Civil Veterinary Dept. North-West Frontier Province 1901-22 - 1901-1922
Year: 1901
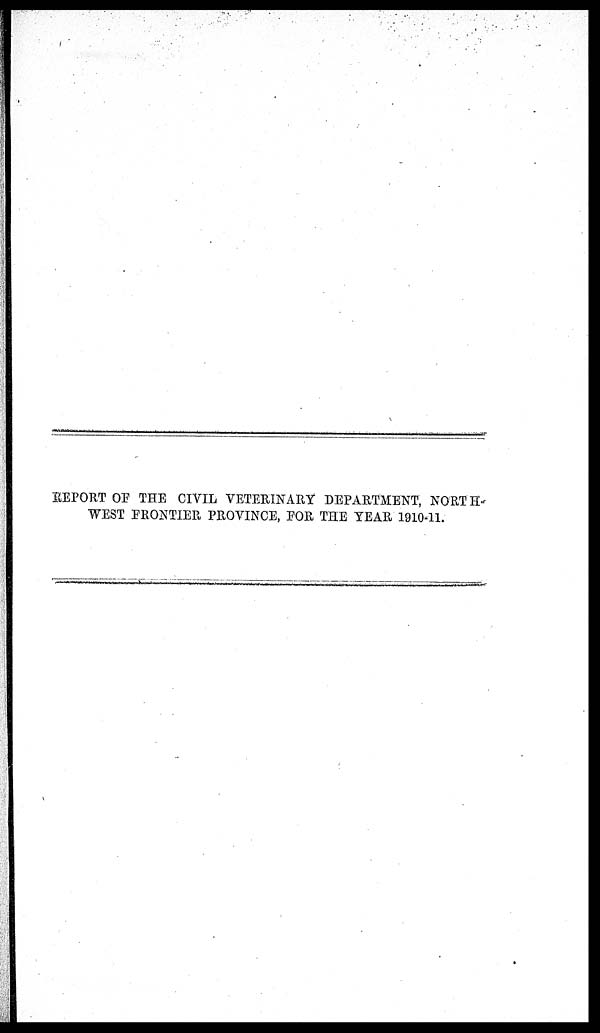
REPORT OF THE CIVIL VETERINARY DEPARTMENT, NORTH-
WEST FRONTIER PROVINCE, FOR THE YEAR 1910-11.